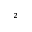
^ 2